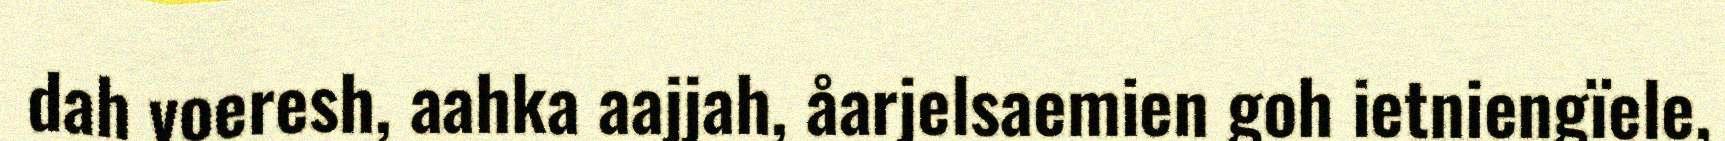
dah voeresh, aahka aajjah, åarjelsaemien goh ietniengïele,